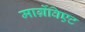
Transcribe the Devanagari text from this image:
मार्ग्रेविएट